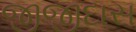
જીજીદાસ